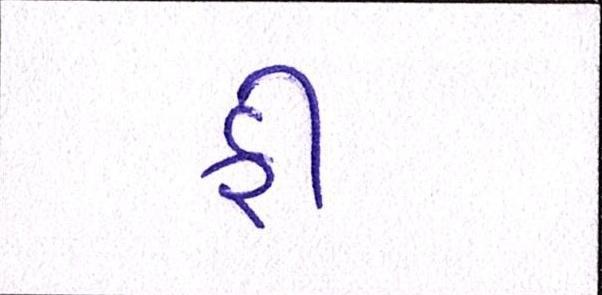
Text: ફી